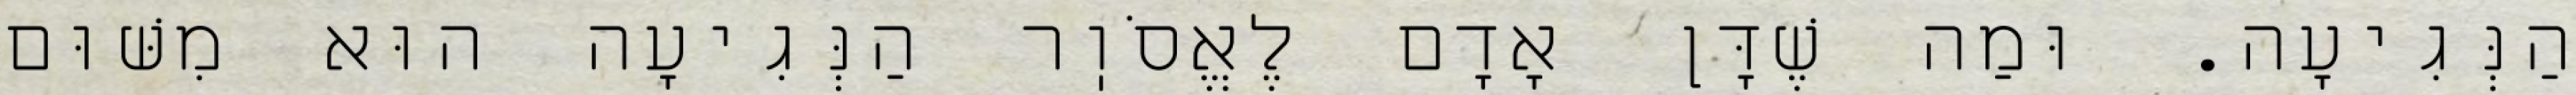
הַנְּגִיעָה. וּמַה שֶׁדָּן אָדָם לֶאֱסֹוֽר הַנְּגִיעָה הוּא מִשּׁוּם